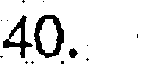
40.